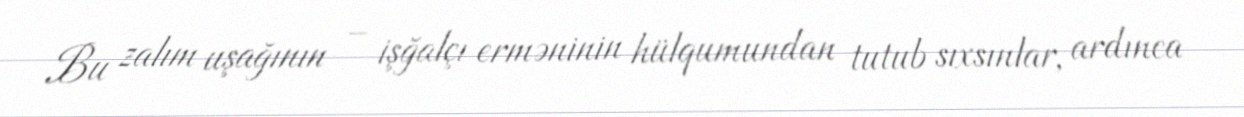
Bu zalım uşağının – işğalçı erməninin hülqumundan tutub sıxsınlar, ardınca